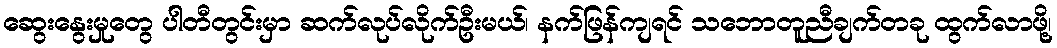
ဆွေးနွေးမှုတွေ ပါတီတွင်းမှာ ဆက်လုပ်လိုက်ဦးမယ်၊ နက်ဖြန်ကျရင် သဘောတူညီချက်တခု ထွက်လာဖို့၊